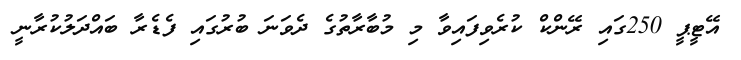
އޭޓީޕީ 250ގައި ރޭންކް ކުރެވިފައިވާ މި މުބާރާތުގެ ދެވަނަ ބުރުގައި ފެޑެރާ ބައްދަލުކުރާނީ